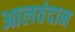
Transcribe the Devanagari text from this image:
आलवंदान